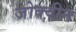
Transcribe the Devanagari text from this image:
जोक्वीन